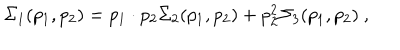
\Sigma _ { 1 } ( p _ { 1 } , p _ { 2 } ) = p _ { 1 } \cdot p _ { 2 } \Sigma _ { 2 } ( p _ { 1 } , p _ { 2 } ) + p _ { 2 } ^ { 2 } \Sigma _ { 3 } ( p _ { 1 } , p _ { 2 } ) \ ,